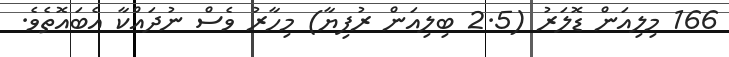
166 މިލިއަން ޑޮލަރު (2.5 ބިލިއަން ރުފިޔާ) މިހާރު ވެސް ނުދައްކާ އެބައޮތެވެ.